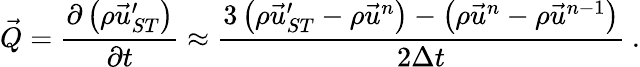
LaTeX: \vec{Q}=\frac{\partial\left(\rho\vec{u}_{ST}^{\prime}\right)}{\partial t}\approx\frac{3\left({\rho\vec{u}_{ST}^{\prime}}-\rho\vec{u}^{n}\right)-\left(\rho\vec{u}^{n}-\rho\vec{u}^{n-1}\right)}{2\Delta t}\ .